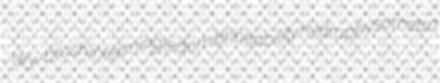
dry-brush intermingledom bribeability hydrophysometra